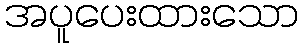
အပူပေးထားသော